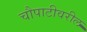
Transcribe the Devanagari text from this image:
चौपाटीवरील